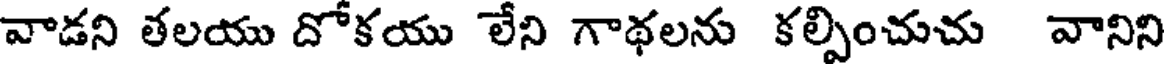
వాడని తలయు దోకయు లేని గాథలను కల్పించుచు వానిని